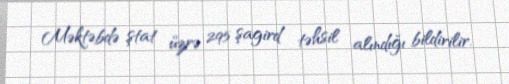
Məktəbdə ştat üzrə 295 şagird təhsil alındığı bildirilir.